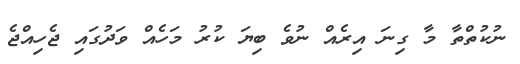
ނުކުތްތާ މާ ގިނަ އިރެއް ނުވެ ބިޔަ ކުރު މަހެއް ވަދުގައި ޖެހިއްޖެ